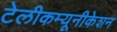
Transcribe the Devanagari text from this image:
टेलीकम्यूनीकेशन